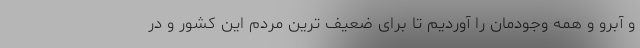
و آبرو و همه وجودمان را آوردیم تا برای ضعیف ترین مردم این کشور و در